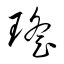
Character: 瑤